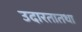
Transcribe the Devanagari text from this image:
उदारतातथा